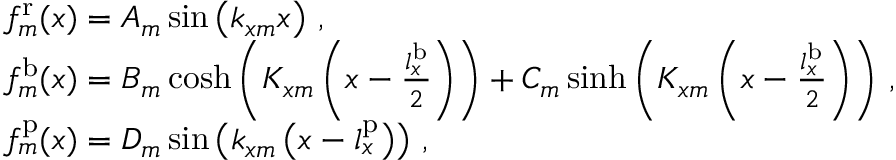
\begin{array} { r l } & { f _ { m } ^ { \mathrm { r } } ( x ) = A _ { m } \sin \left( k _ { x m } x \right) \, , } \\ & { f _ { m } ^ { \mathrm { b } } ( x ) = B _ { m } \cosh \left( K _ { x m } \left( x - \frac { l _ { x } ^ { \mathrm { b } } } { 2 } \right) \right) + C _ { m } \sinh \left( K _ { x m } \left( x - \frac { l _ { x } ^ { \mathrm { b } } } { 2 } \right) \right) \, , } \\ & { f _ { m } ^ { \mathrm { p } } ( x ) = D _ { m } \sin \left( k _ { x m } \left( x - l _ { x } ^ { \mathrm { p } } \right) \right) \, , } \end{array}